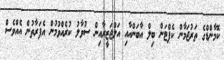
ކޮމާންޑްގެ ތަރުޖަމާން ކެޕްޓަން ބިލް އާބަންއާއި އަލްޖަޒީރާއިން ސުވާލު ކުރެއްވުމުން އެފަރާތުން އެއްވެސް